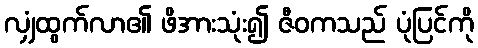
လျှံထွက်လာ၏ ဖိအားသုံး၍ ဇီဝကသည် ပုံပြင်ကို